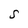
Character: S